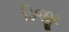
ડિજીટ